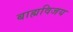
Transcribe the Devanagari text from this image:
बाह्यविजय